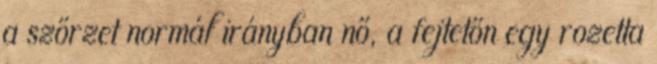
a szőrzet normál irányban nő, a fejtetőn egy rozetta